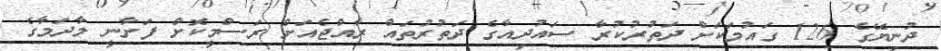
ދުނިޔޭގެ 126 ގައުމަކަށް ދަތުރުކުރާ ސައުދިއާގެ ދަތުރުތައް ރާއްޖެއަށް ރަސްމީކޮށް ފަށާނީ މާދަމާގެ